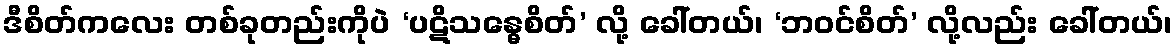
ဒီစိတ်ကလေး တစ်ခုတည်းကိုပဲ ‘ပဋိသန္ဓေစိတ်’ လို့ ခေါ်တယ်၊ ‘ဘဝင်စိတ်’ လို့လည်း ခေါ်တယ်၊